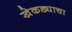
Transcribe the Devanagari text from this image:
खेकड्याचा